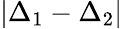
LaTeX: |\Delta_{1}-\Delta_{2}|